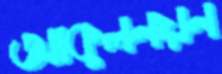
আকুলনয়ন